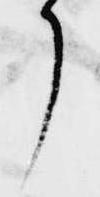
了